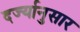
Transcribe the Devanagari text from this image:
दर्ज्यानुसार